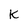
Character: K